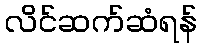
လိင်ဆက်ဆံရန်